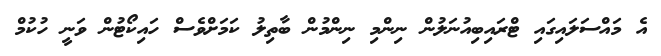
އެ މައްސަލައިގައި ޓްރައިބިއުނަލުން ނިންމި ނިންމުން ބާތިލު ކަމަށްވެސް ހައިކޯޓުން ވަނީ ހުކުމް